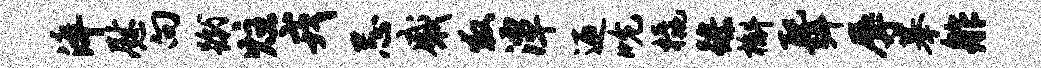
淬慰向蹴炷戎忌感救潭迎吮橇躁槲配弭辱摹舴